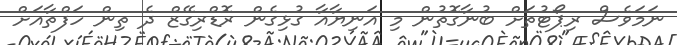
ނަމަވެސް ރިޕޯޓުތަށް ބުނާގޮތުން މި އަނިޔާއާ ގުޅިގެން ރޮޑްރިގޭޒް ދެ ތިން ހަފްތާއަށް